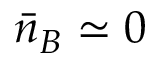
\bar { n } _ { B } \simeq 0